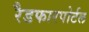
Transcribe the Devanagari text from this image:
रैडफारपोर्टल